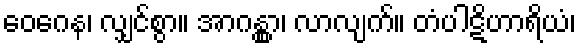
ဝေဂေန၊ လျှင်စွာ။ အာဂန္တွာ၊ လာလျက်။ တံပါဋိဟာရိယံ၊